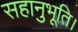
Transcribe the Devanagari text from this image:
सहानुभूति।